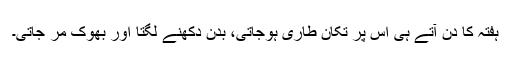
ہفتہ کا دن آتے ہی اس پر تکان طاری ہوجاتی، بدن دکھنے لگتا اور بھوک مر جاتی۔